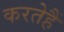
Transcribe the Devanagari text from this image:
करतेहैं